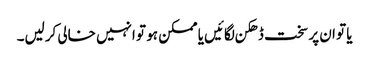
یا تو ان پر سخت ڈھکن لگائیں یا ممکن ہو تو انہیں خالی کرلیں۔